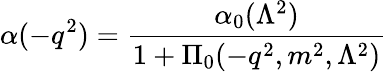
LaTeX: \alpha(-q^{2})={\frac{\alpha_{0}(\Lambda^{2})}{1+\Pi_{0}(-q^{2},m^{2},\Lambda^{2})}}